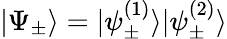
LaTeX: |\Psi_{\pm}\rangle=|\psi_{\pm}^{(1)}\rangle|\psi_{\pm}^{(2)}\rangle